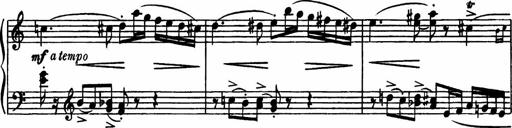
Title: Sonatilla
Composer: Mortimer Wilson
Key: C major